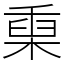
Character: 𣖄